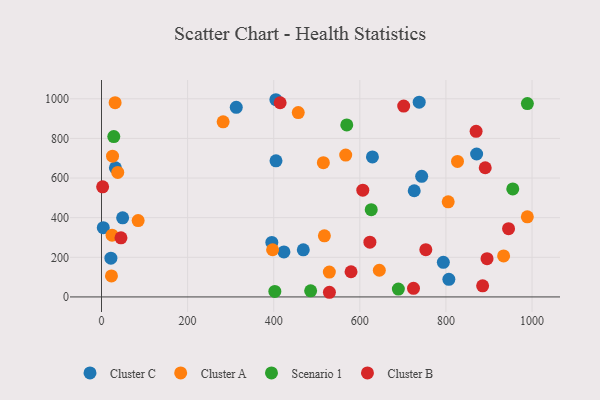
{"axis": {"x": "Price", "y": "Profit"}, "legend": ["Cluster A", "Cluster B", "Cluster C", "Scenario 1"], "data": [{"x": "405.0", "y": 995.3, "type": "Cluster C"}, {"x": "726.4", "y": 535.9, "type": "Cluster C"}, {"x": "806.8", "y": 88.9, "type": "Cluster C"}, {"x": "21.8", "y": 195.7, "type": "Cluster C"}, {"x": "423.7", "y": 227.3, "type": "Cluster C"}, {"x": "405.3", "y": 686.8, "type": "Cluster C"}, {"x": "313.0", "y": 957.0, "type": "Cluster C"}, {"x": "871.3", "y": 721.5, "type": "Cluster C"}, {"x": "32.3", "y": 651.7, "type": "Cluster C"}, {"x": "395.6", "y": 275.3, "type": "Cluster C"}, {"x": "737.9", "y": 982.9, "type": "Cluster C"}, {"x": "629.3", "y": 706.7, "type": "Cluster C"}, {"x": "4.1", "y": 349.5, "type": "Cluster C"}, {"x": "468.7", "y": 237.6, "type": "Cluster C"}, {"x": "49.1", "y": 399.2, "type": "Cluster C"}, {"x": "794.0", "y": 174.8, "type": "Cluster C"}, {"x": "743.7", "y": 608.7, "type": "Cluster C"}, {"x": "282.5", "y": 884.0, "type": "Cluster A"}, {"x": "567.2", "y": 715.7, "type": "Cluster A"}, {"x": "517.7", "y": 308.6, "type": "Cluster A"}, {"x": "826.9", "y": 683.7, "type": "Cluster A"}, {"x": "85.1", "y": 385.4, "type": "Cluster A"}, {"x": "805.3", "y": 480.2, "type": "Cluster A"}, {"x": "645.3", "y": 134.7, "type": "Cluster A"}, {"x": "529.2", "y": 125.3, "type": "Cluster A"}, {"x": "24.5", "y": 311.6, "type": "Cluster A"}, {"x": "397.4", "y": 238.2, "type": "Cluster A"}, {"x": "989.1", "y": 404.2, "type": "Cluster A"}, {"x": "934.0", "y": 207.0, "type": "Cluster A"}, {"x": "25.6", "y": 710.5, "type": "Cluster A"}, {"x": "23.1", "y": 106.2, "type": "Cluster A"}, {"x": "515.3", "y": 677.7, "type": "Cluster A"}, {"x": "37.7", "y": 628.5, "type": "Cluster A"}, {"x": "31.6", "y": 980.2, "type": "Cluster A"}, {"x": "457.0", "y": 930.3, "type": "Cluster A"}, {"x": "485.8", "y": 30.9, "type": "Scenario 1"}, {"x": "569.7", "y": 868.3, "type": "Scenario 1"}, {"x": "989.2", "y": 975.8, "type": "Scenario 1"}, {"x": "689.5", "y": 39.7, "type": "Scenario 1"}, {"x": "28.5", "y": 809.2, "type": "Scenario 1"}, {"x": "402.6", "y": 27.9, "type": "Scenario 1"}, {"x": "955.3", "y": 545.0, "type": "Scenario 1"}, {"x": "626.5", "y": 440.6, "type": "Scenario 1"}, {"x": "2.6", "y": 555.7, "type": "Cluster B"}, {"x": "945.5", "y": 344.7, "type": "Cluster B"}, {"x": "701.9", "y": 963.3, "type": "Cluster B"}, {"x": "891.3", "y": 652.0, "type": "Cluster B"}, {"x": "414.9", "y": 980.1, "type": "Cluster B"}, {"x": "885.3", "y": 56.0, "type": "Cluster B"}, {"x": "753.3", "y": 238.7, "type": "Cluster B"}, {"x": "895.5", "y": 193.3, "type": "Cluster B"}, {"x": "529.4", "y": 23.5, "type": "Cluster B"}, {"x": "724.7", "y": 43.3, "type": "Cluster B"}, {"x": "45.2", "y": 298.2, "type": "Cluster B"}, {"x": "623.4", "y": 276.2, "type": "Cluster B"}, {"x": "870.1", "y": 835.6, "type": "Cluster B"}, {"x": "579.6", "y": 127.0, "type": "Cluster B"}, {"x": "606.9", "y": 538.6, "type": "Cluster B"}]}